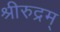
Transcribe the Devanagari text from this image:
श्रीरुद्रम्